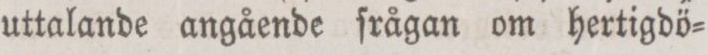
uttalande angående ſrågan om hertigdö=